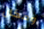
ومكان